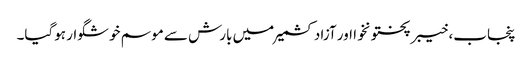
پنجاب، خیبرپختونخوا اور آزادکشمیر میں بارش سے موسم خوشگوار ہوگیا۔